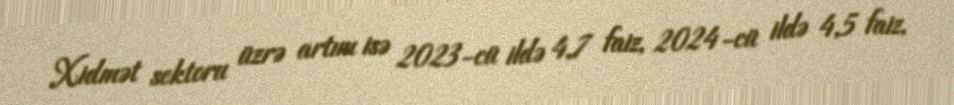
Xidmət sektoru üzrə artım isə 2023-cü ildə 4,7 faiz, 2024-cü ildə 4,5 faiz,